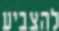
להצביע